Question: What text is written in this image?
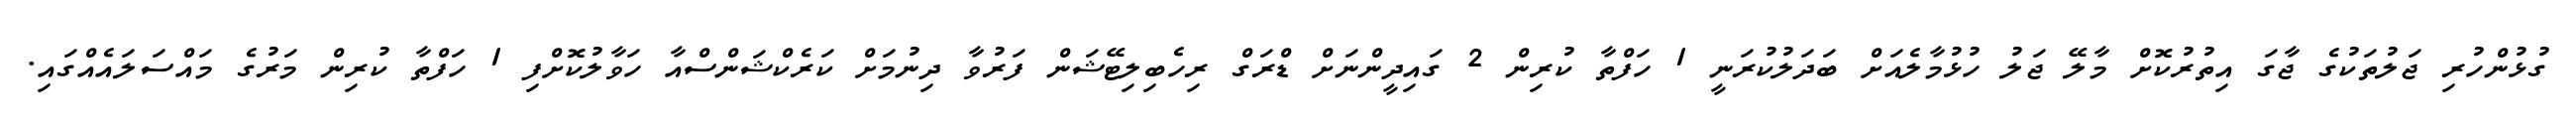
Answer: ގުޅުންހުރި ޖަލުތަކުގެ ޖާގަ އިތުރުކޮށް މާލޭ ޖަލު ހުޅުމާލެއަށް ބަދަލުކުރަނީ 1 ހަފްތާ ކުރިން 2 ގައިދީންނަށް ޑްރަގް ރިހެބިލިޓޭޝަން ފަރުވާ ދިނުމަށް ކަރެކްޝަންސްއާ ހަވާލުކޮށްފި 1 ހަފްތާ ކުރިން މަރުގެ މައްސަލައެއްގައި.